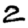
Digit: 2